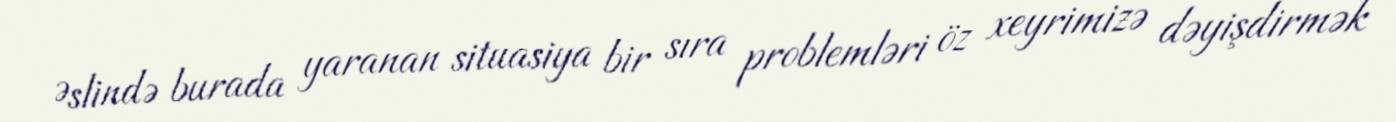
Əslində burada yaranan situasiya bir sıra problemləri öz xeyrimizə dəyişdirmək